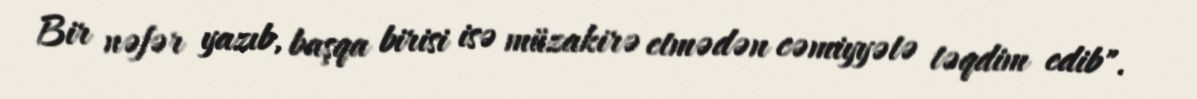
Bir nəfər yazıb, başqa birisi isə müzakirə etmədən cəmiyyətə təqdim edib".